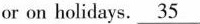
or on holidays.\underline{35}